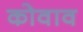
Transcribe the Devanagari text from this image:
कोवाव